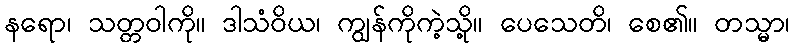
နရော၊ သတ္တဝါကို။ ဒါသံဝိယ၊ ကျွန်ကိုကဲ့သို့။ ပေသေတိ၊ စေ၏။ တသ္မာ၊